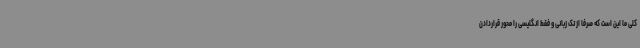
کلی ما این است که صرفا از تک زبانی و فقط انگلیسی را محور قراردادن